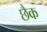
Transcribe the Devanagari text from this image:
छैक